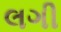
લગી